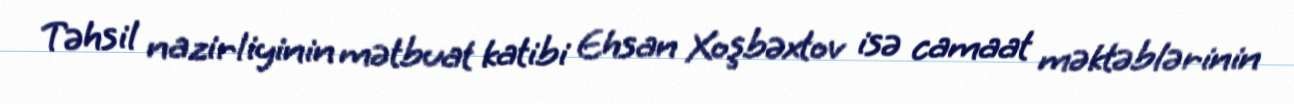
Təhsil nazirliyinin mətbuat katibi Ehsan Xoşbəxtov isə camaat məktəblərinin